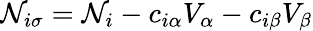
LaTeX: \mathcal{N}_{i\sigma}=\mathcal{N}_{i}-c_{i\alpha}V_{\alpha}-c_{i\beta}V_{\beta}